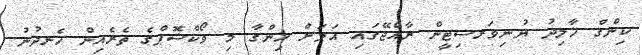
ކިންގް ޚާލިދު ޔުނިވަރސިޓީން ރާއްޖޭގައި އަލަށް ހިންގާ މި ވޯކްޝޮޕްގެ ތެރެއިން ހެނދުނު